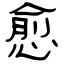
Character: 愈